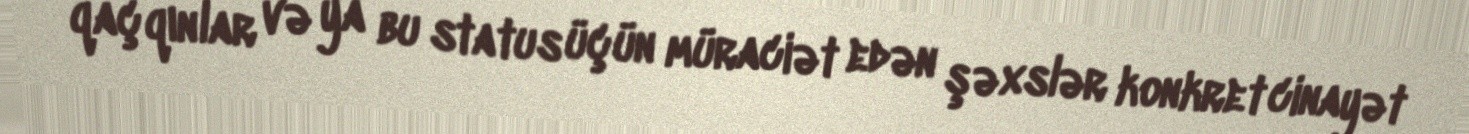
qaçqınlar və ya bu status üçün müraciət edən şəxslər konkret cinayət